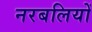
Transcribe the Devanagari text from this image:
नरबलियों